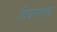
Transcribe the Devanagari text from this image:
विचारशाखा